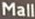
Mall